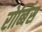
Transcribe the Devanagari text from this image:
रोब्बिंस